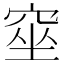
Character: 𥦊